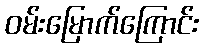
ဝမ်းမြောက်ကြောင်း